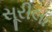
સૂરીલા